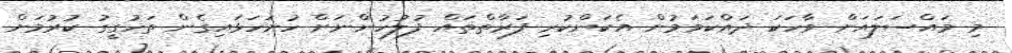
މި މައްސަލައަށް ވާހަކަ ދައްކަވަމުން އެކަންކުރި ފަރާތްތައް ފުލުހުންނަށް ހުށަހަޅައިގެން ތަހުގީގު ކުރުމަށް